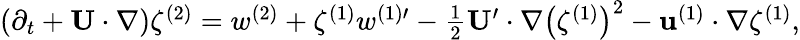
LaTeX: \begin{array}{r}{(\partial_{t}+\mathbf{U}\cdot\nabla)\zeta^{(2)}=w^{(2)}+\zeta^{(1)}{w^{(1)\prime}}-\frac{1}{2}\mathbf{U}^{\prime}\cdot\nabla\big(\zeta^{(1)}\big)^{2}-\mathbf{u}^{(1)}\cdot\nabla\zeta^{(1)},}\end{array}